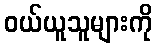
ဝယ်ယူသူများကို